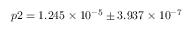
p 2 = 1 . 2 4 5 \times 1 0 ^ { - 5 } \pm 3 . 9 3 7 \times 1 0 ^ { - 7 }